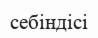
себіндісі